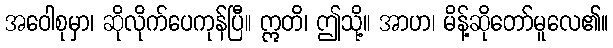
အဝေါစုမှာ၊ ဆိုလိုက်ပေကုန်ပြီ။ ဣတိ၊ ဤသို့။ အာဟ၊ မိန့်ဆိုတော်မူလေ၏။